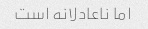
اما ناعادلانه است